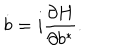
\dot { b } = i \frac { \partial H } { \partial b ^ { * } } .